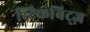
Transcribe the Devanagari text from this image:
स्टिकबिट्ज़